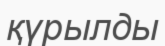
қүрылды